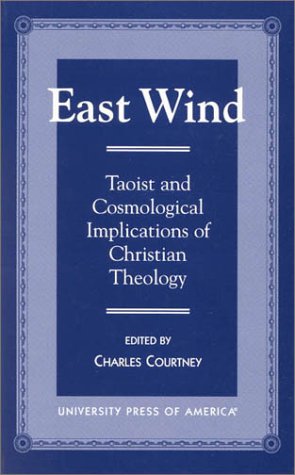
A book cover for East Wind: Taoist and Cosmological Implications of Christian Theology; Charles Courtney; Religion & Spirituality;